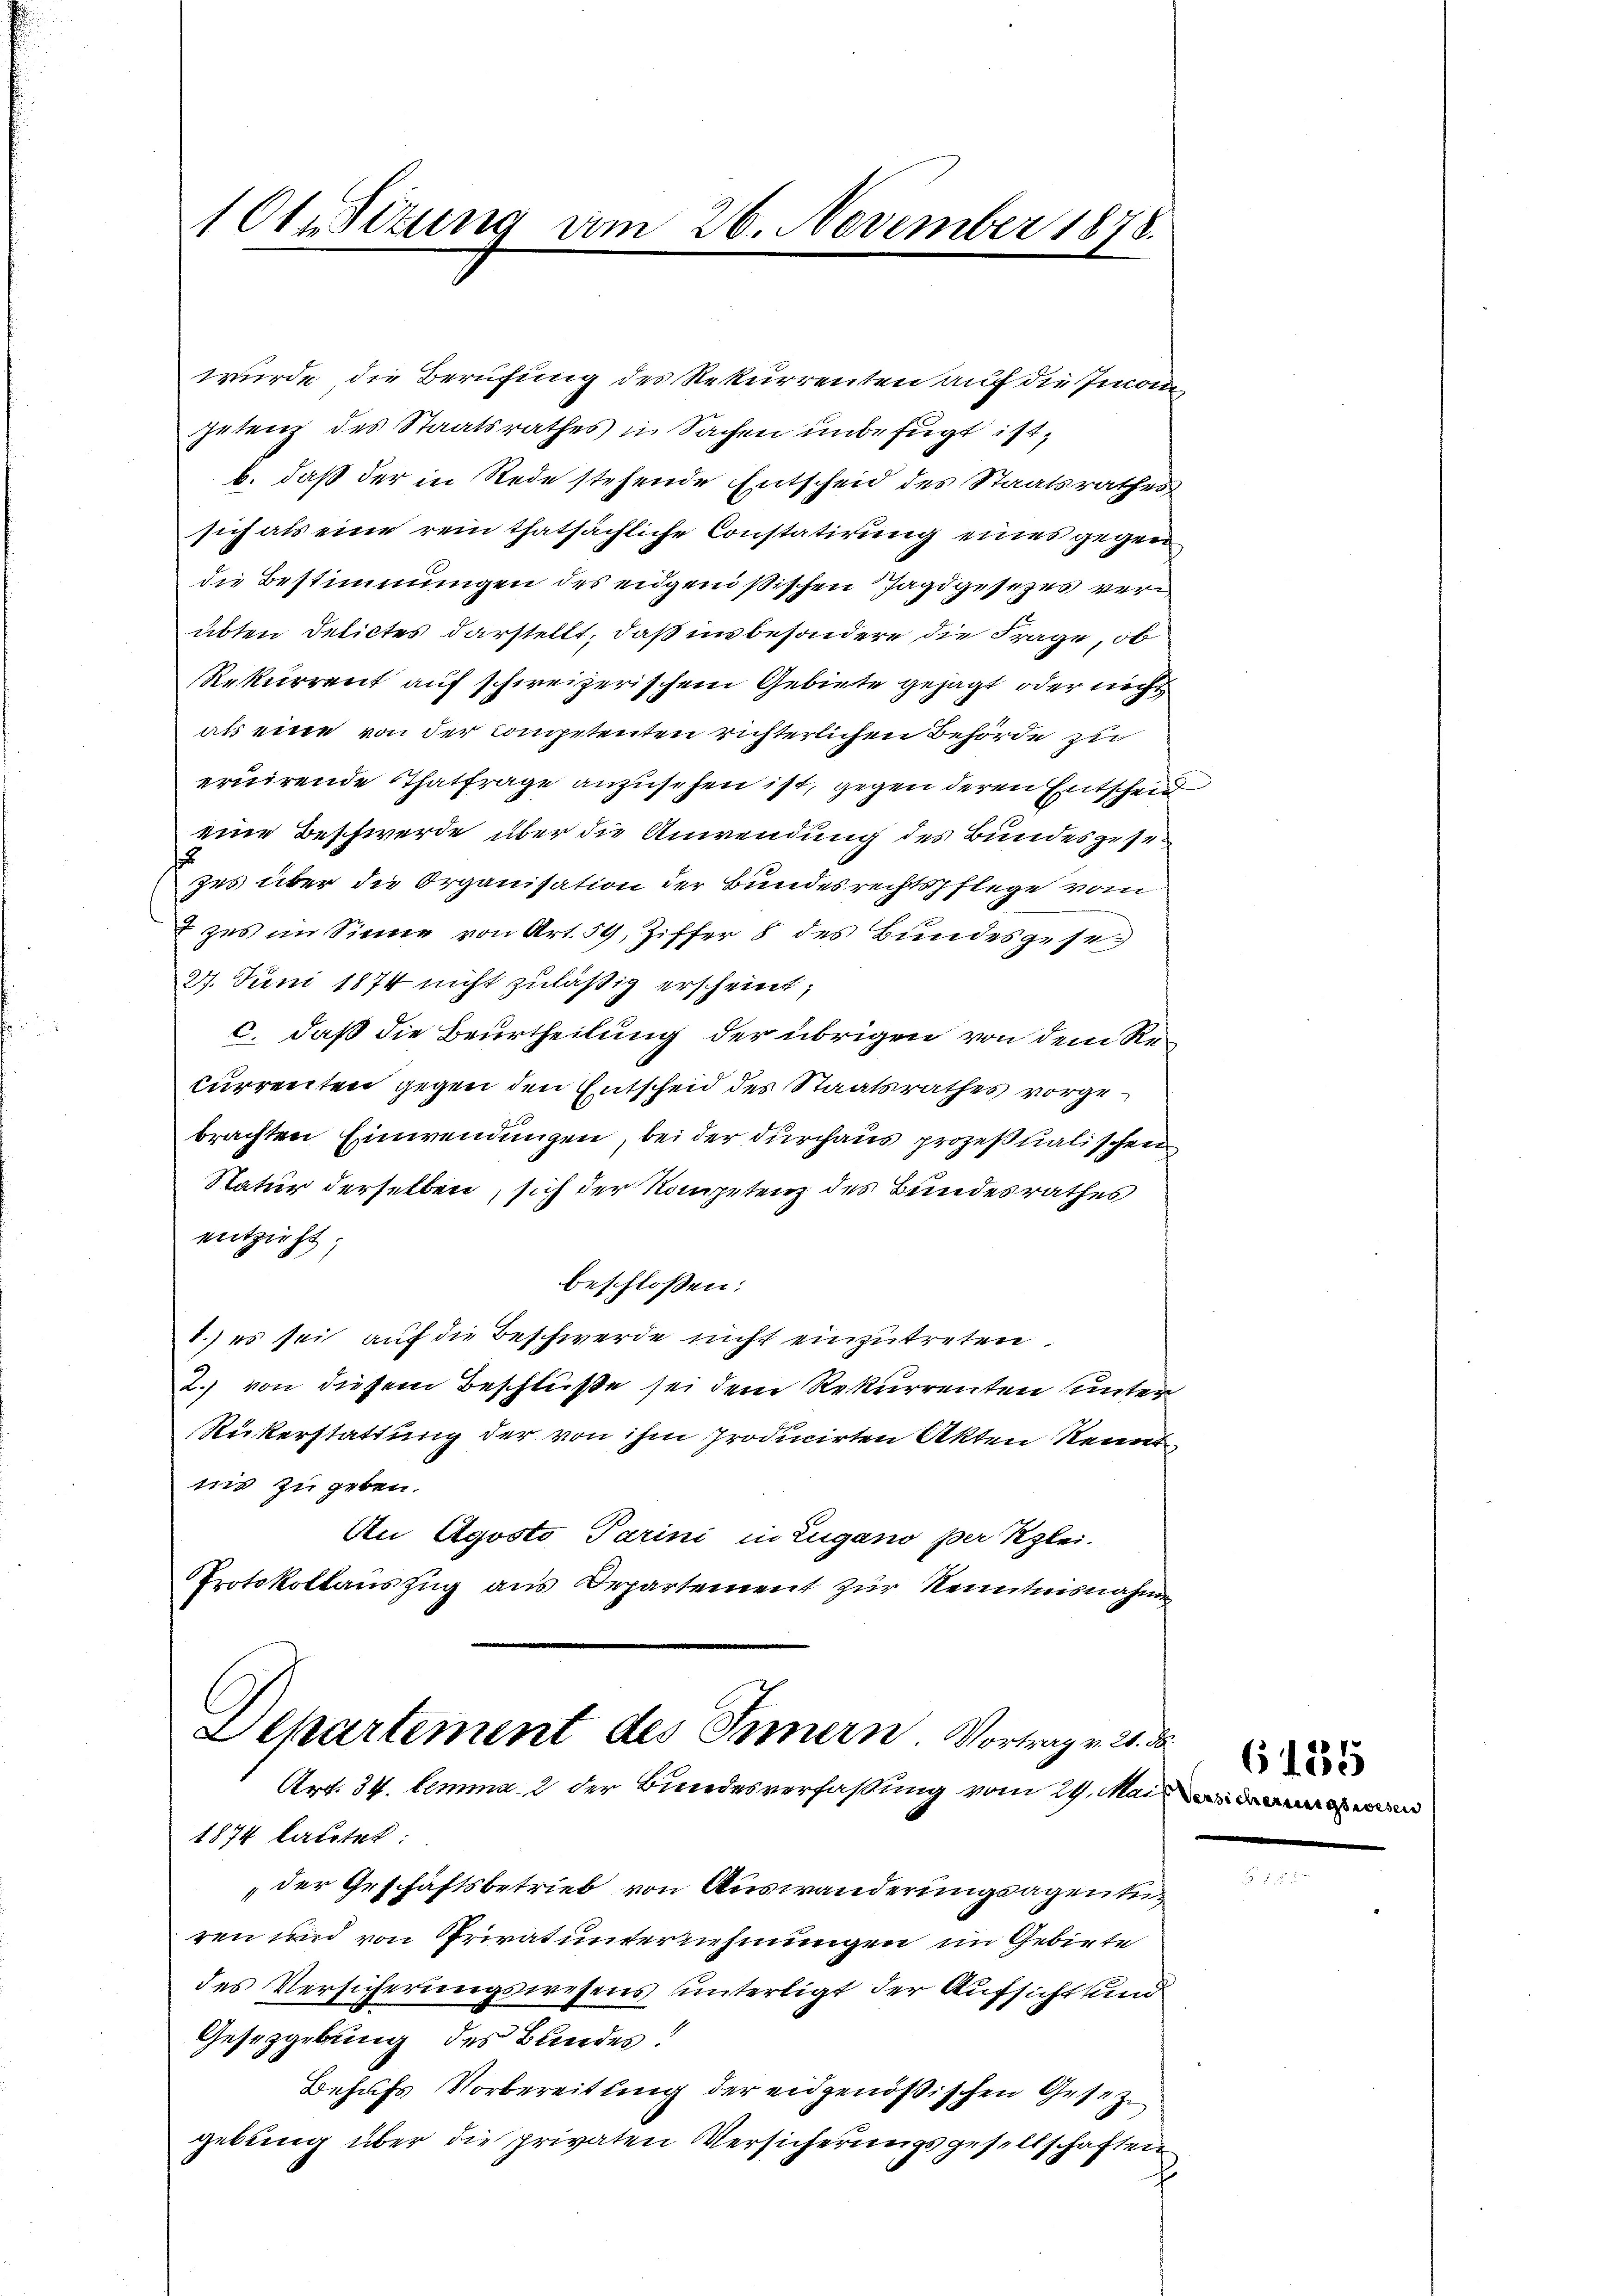
1Ot. Sitzung am 26. November 1878.

wurde die Berufung des Rekurrenten auf die Imoin
petenz des Staatsrathes in Sachen unbefugt ist,
b. daß der in Rede stehende Entscheid des Staatsrathes
sich als eine rein thatsächliche Constatirung eines gegen
die Bestimmungen des eidgenößischen Jagdgesezes verübten Delictes darstellt, daß insbesondere die Frage, ob
Rekurrent auf schweizerischem Gebiete gesagt, oder nicht
als eine von der Competenten richterlichen Behörde zu
eruirende Thatfrage anzusehen ist, gegen deren Entscheid
eine Beschwerde über die Anwendung des Bundesgesezes über die Organisation der Bundesrechtspflege vom
zes im Sinne von Art. 59, Ziffer 8 des Bundesgese
27. Juni 1874 nicht zuläßig erscheint;
c. daß die Beurtheilung der übrigen von dem Re¬
Currenten gegen den Entscheid des Staatsrathes vorgebrachten Einwendungen, bei der durchaus prozeßualischen
Natur derselben, sich der Kompetenz des Bundesrathes
entzieht
beschlossen:
1.) es sei auf die Beschwerde nicht einzutreten.
2.) von diesem Beschlüße sei dem Rekurrenten unter¬
Rükerstattung der von ihm producirten Akten Kennt
nis zu geben.
Au Agosto Parini in Zugano per Klei-
Protokollauszug aus Departement zur Kenntnisnahmen

Departement des Innern Vortrag v. 21. d.
Art. 34. lemma 2 der Bundesverfassung vom 29. Mai

1874 lautet
der Geschäftsbetrieb von Auswanderungsagenturen und von Privatunternehmungen im Gebiete
des Versicherungswesens unterligt der Aufsicht und
Gesetzgebung des Bundes!
Behufs Vorbereitung der eidgenößischen Gesezgebung über die privaten Versicherungsgesellschaften
c

61335

2